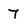
Character: 7